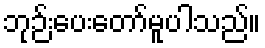
ဘုဉ်းပေးတော်မူပါသည်။